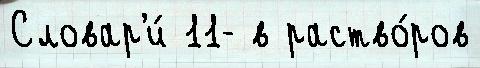
Словар'и́ 11- в раство́ров